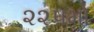
૨૨૫મો